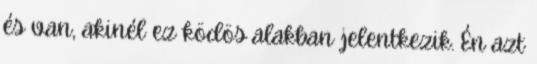
és van, akinél ez ködös alakban jelentkezik. Én azt